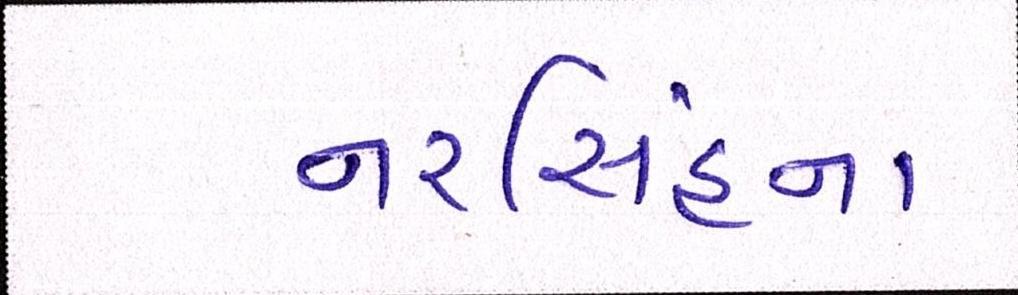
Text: નરસિંહના